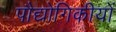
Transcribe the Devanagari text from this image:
पौद्योगिकीयों